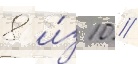
8 и́з 10 //